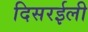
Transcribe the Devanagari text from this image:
दिसरईली